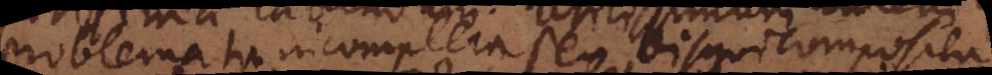
problemata incompleta seu disquicomposita